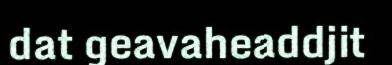
dat geavaheaddjit